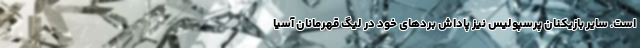
است. سایر بازیکنان پرسپولیس نیز پاداش بردهای خود در لیگ قهرمانان آسیا